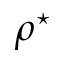
\rho ^ { \star }